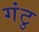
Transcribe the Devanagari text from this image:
गंटु